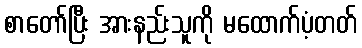
စာတော်ပြီး အားနည်းသူကို မထောက်ပံ့တတ်